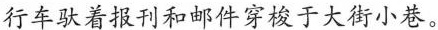
行车驮着报刊和邮件穿梭于大街小巷。